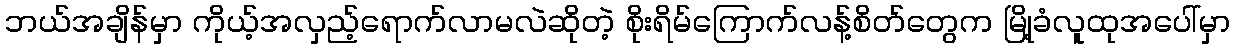
ဘယ်အချိန်မှာ ကိုယ့်အလှည့်ရောက်လာမလဲဆိုတဲ့ စိုးရိမ်ကြောက်လန့်စိတ်တွေက မြို့ခံလူထုအပေါ်မှာ